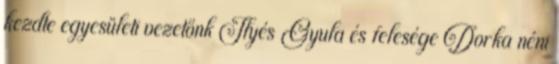
kezdte egyesületi vezetőnk Ilyés Gyula és felesége Dorka néni